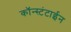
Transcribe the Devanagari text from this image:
कॉन्स्टंटाईन